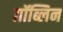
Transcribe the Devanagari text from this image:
ग़ॉब्लिन